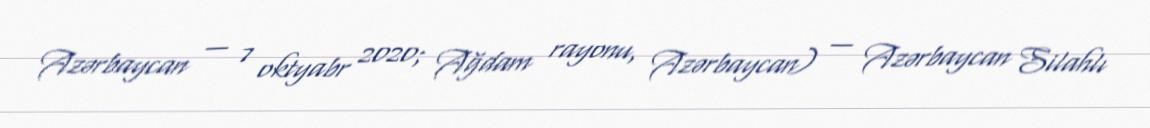
Azərbaycan — 7 oktyabr 2020; Ağdam rayonu, Azərbaycan) — Azərbaycan Silahlı